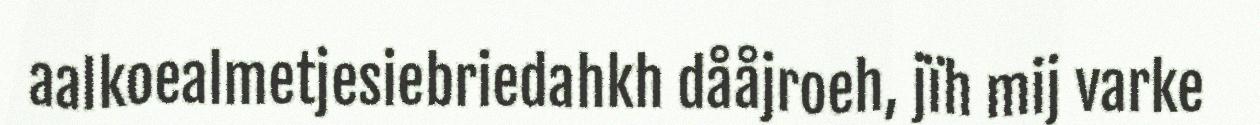
aalkoealmetjesiebriedahkh dååjroeh, jïh mij varke